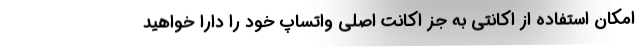
امکان استفاده از اکانتی به جز اکانت اصلی واتساپ خود را دارا خواهید